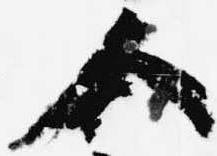
人